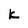
Character: K